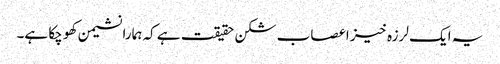
یہ ایک لرزہ خیز اعصاب شکن حقیقت ہے کہ ہمارا نشیمن کھو چکا ہے۔